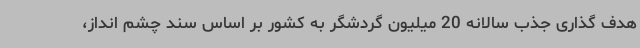
هدف گذاری جذب سالانه 20 میلیون گردشگر به کشور بر اساس سند چشم انداز،